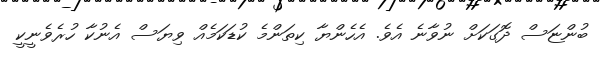
ބުންޏަސް ދޮގަކަށް ނުވާނެ އެވެ. އެހެންޔާ ކިތަންމެ ކުޑަކަމެއް ވިޔަސް އެނުކާ ހުރެވެނީކީ